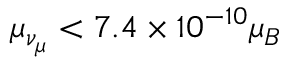
\mu _ { \nu _ { \mu } } < 7 . 4 \times 1 0 ^ { - 1 0 } \mu _ { B }